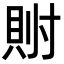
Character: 𫴯